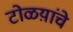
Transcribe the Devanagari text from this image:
टोळय़ांचे